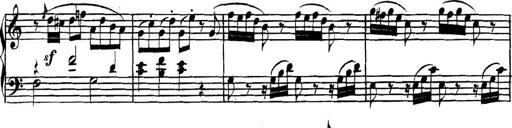
Title: Collected Piano Sonatas
Composer: Muzio Clementi